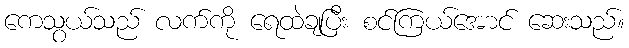
ကေသွယ်သည် လက်ကို ရေထဲချပြီး စင်ကြယ်အောင် ဆေးသည်။